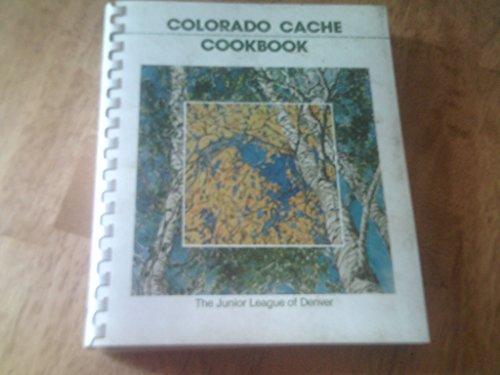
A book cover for Colorado Cache Cookbook-the Junior League of Denver; Junior League of Denver; Cookbooks, Food & Wine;